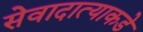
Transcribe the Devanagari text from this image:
सेवादात्याकडे